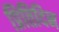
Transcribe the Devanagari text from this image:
प्रितिदिन